Investigations into the jail dietaries of the United Provinces with some observations on the influence of dietary on the physical development and well-being of the people of the United Provinces - Number 48
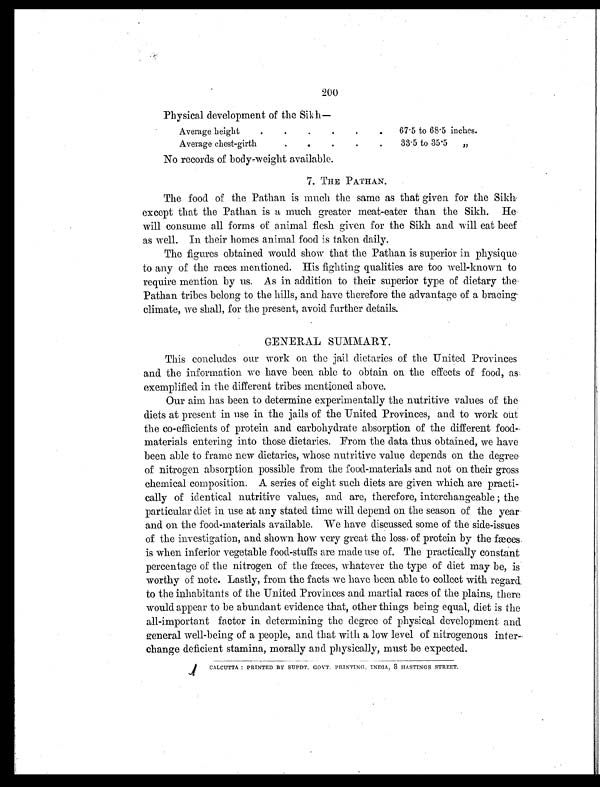
200
Physical development of the Sikh—
Average height
.
.
.
.
.
. 67 .5 to 68.5 inches.
Average chest-girth
.
.
.
.
.
33. 5 to 35 .5 „
No records of body-weight available.
7. THE PATHAN.
The food of the Pathan is much the same as that given for the Sikh.
except that the Pathan is a much greater meat-eater than the Sikh. He
will consume all forms of animal flesh given for the Sikh and will eat beef
as well. In their homes animal food is taken daily.
The figures obtained would show that the Pathan is superior in physique
to any of the races mentioned. His fighting qualities are too well-known to
require mention by us. As in addition to their superior type of dietary the
Pathan tribes belong to the hills, and have therefore the advantage of a bracing-
climate, we shall, for the present, avoid further details.
GENERAL SUMMARY.
This concludes our work on the jail dietaries of the United Provinces
and the information we have been able to obtain on the effects of food, as
exemplified in the different tribes mentioned above.
Our aim has been to determine experimentally the nutritive values of the
diets at present in use in the jails of the United Provinces, and to work out
the co-efficients of protein and carbohydrate absorption of the different food-
materials entering into those dietaries. From the data thus obtained, we have
been able to frame new dietaries, whose nutritive value depends on the degree
of nitrogen absorption possible from the food-materials and not on their gross
chemical composition. A series of eight such diets are given which are practi-
cally of identical nutritive values, and are, therefore, interchangeable ; the
particular diet in use at any stated time will depend on the season of the year
and on the food-materials available. We have discussed some of the side-issues
of the investigation, and shown how very great the loss of protein by the fæces
is when inferior vegetable food-stuffs are made use of. The practically constant
percentage of the nitrogen of the fæces, whatever the type of diet may be, is
worthy of note. Lastly, from the facts we have been able to collect with regard
to the inhabitants of the United Provinces and martial races of the plains, there
would appear to be abundant evidence that, other things being equal, diet is the
all-important factor in determining the degree of physical development and
general well-being of a people, and that with a low level of nitrogenous inter-
change deficient stamina, morally and physically, must be expected.
CALCUTTA : PRINTED BY SUPDT. GOVT. PRINTING, INDIA, 8 HASTINGS STREET.